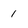
Character: 1